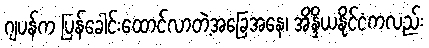
ဂျပန်က ပြန်ခေါင်းထောင်လာတဲ့အခြေအနေ၊ အိန္ဒိယနိုင်ငံကလည်း